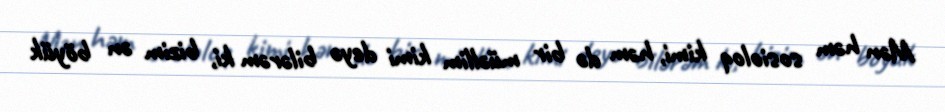
Mən həm sosioloq kimi, həm də bir müəllim kimi deyə bilərəm ki, bizim ən böyük